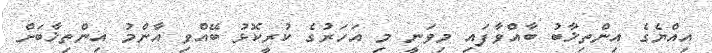
އިއްޔެގެ އިންތިޚާބު ބާއްވާފައި މިވަނީ މި އަހަރުގެ ކުރީކޮޅު ބޭއްވި އާންމު އިންތިޚާބަށް